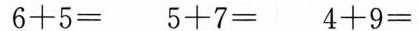
$$6 + 5 =$$ $$5 + 7 =$$ $$4 + 9 =$$